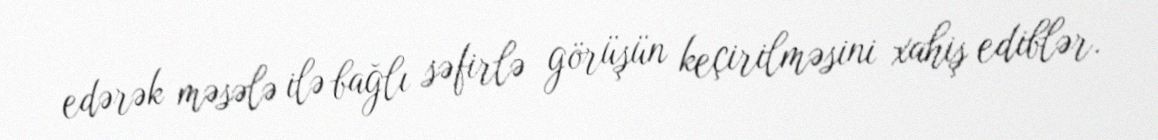
edərək məsələ ilə bağlı səfirlə görüşün keçirilməsini xahiş ediblər.